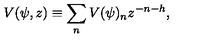
V ( \psi , z ) \equiv \sum _ { n } V ( \psi ) _ { n } z ^ { - n - h } ,